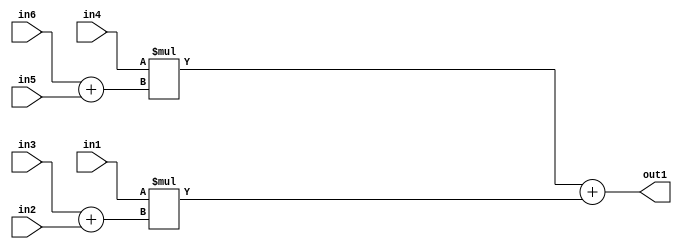
`timescale 1ps / 1ps
/*****************************************************************************
    Verilog RTL Description
    
    Generated at: 11:34:51 EST (-0500), Wednesday 18 November 2020
    Generated on: zhang-x1.ece.cornell.edu
    Generated by: jl3952 (Jie Liu)
    
    Created by: Stratus DpOpt 2017.1.02 
    Copyright (c) 2014-2015 Cadence Design Systems. All rights reserved worldwide.
    
    Cadence Design Systems proprietary and confidential
    ===================================================
    
    May contain information that incorporates Cadence Design Systems CellMath
    and other inventions claimed in Pending U.S. Patents.
    
    May contain Cadence Design Systems Trade Secrets of which use, disclosure or
    reproduction is contractually restricted or prohibited.  For more
    information, contact your legal department before any use, disclosure or
    reproduction.
*******************************************************************************/

module dut_Add2Mul2u29Add2u8u8Mul2u32Add2u8u8_4 (
	in6,
	in5,
	in4,
	in3,
	in2,
	in1,
	out1
	); /* architecture "behavioural" */ 
input [7:0] in6,
	in5;
input [31:0] in4;
input [7:0] in3,
	in2;
input [28:0] in1;
output [31:0] out1;
wire [31:0] asc001;
wire [8:0] asc002,
	asc003;

assign asc002 = 
	+(in6)
	+(in5);

assign asc003 = 
	+(in3)
	+(in2);

wire [31:0] asc001_tmp_0;
assign asc001_tmp_0 = 
	+(in4 * asc002);
assign asc001 = asc001_tmp_0
	+(in1 * asc003);

assign out1 = asc001;
endmodule

/* CADENCE  v7jzTwo= : u9/ySgnYtBlWxVDRUQkU4ug= ** DO NOT EDIT THIS LINE ******/